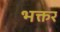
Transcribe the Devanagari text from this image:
भक्तर